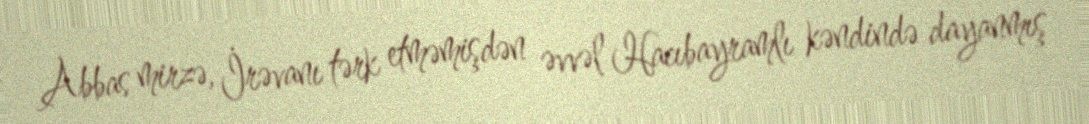
Abbas mirzə, İrəvanı tərk etməmişdən əvvəl Hacıbayramlı kəndində dayanmış